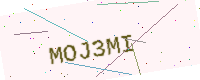
Text: MOJ3MI